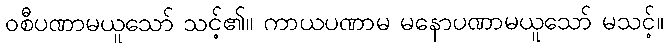
ဝစီပဏာမယူသော် သင့်၏။ ကာယပဏာမ မနောပဏာမယူသော် မသင့်။